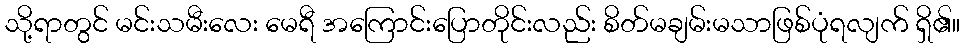
သို့ရာတွင် မင်းသမီးလေး မေရီ အကြောင်းပြောတိုင်းလည်း စိတ်မချမ်းမသာဖြစ်ပုံရလျက် ရှိ၏။